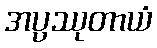
အပ္ပဿုတာယံ